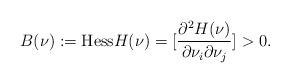
LaTeX: \begin{align*}B(\nu):={\rm Hess}H(\nu)=[\frac{\partial^2H(\nu)}{\partial\nu_i\partial\nu_j}]>0.\end{align*}